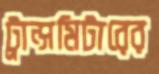
ট্রান্সমিটারের